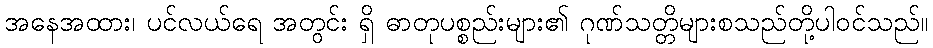
အနေအထား၊ ပင်လယ်ရေ အတွင်း ရှိ ဓာတုပစ္စည်းများ၏ ဂုဏ်သတ္တိများစသည်တို့ပါဝင်သည်။